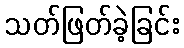
သတ်ဖြတ်ခဲ့ခြင်း